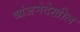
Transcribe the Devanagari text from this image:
व्यंजनेदेखील